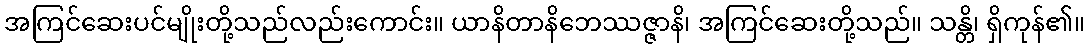
အကြင်ဆေးပင်မျိုးတို့သည်လည်းကောင်း။ ယာနိတာနိဘေဿဇ္ဇာနိ၊ အကြင်ဆေးတို့သည်။ သန္တိ၊ ရှိကုန်၏။